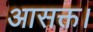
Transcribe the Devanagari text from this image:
आसक्त।